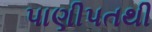
પાણીપતથી